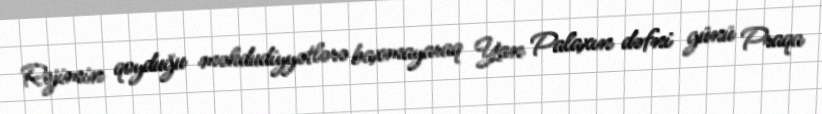
Rejimin qoyduğu məhdudiyyətlərə baxmayaraq Yan Palaxın dəfni günü Praqa